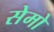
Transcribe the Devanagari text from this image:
सेमो